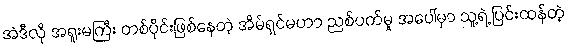
အဲဒီလို အရူးမကြီး တစ်ပိုင်းဖြစ်နေတဲ့ အိမ်ရှင်မဟာ ညစ်ပတ်မှု အပေါ်မှာ သူ့ရဲ့ ပြင်းထန်တဲ့